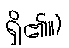
ရှိ၏။)